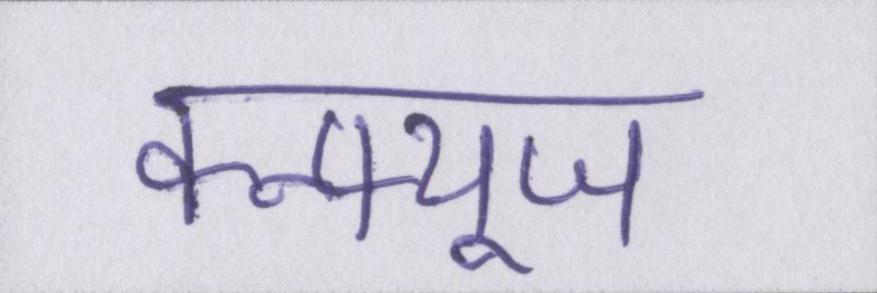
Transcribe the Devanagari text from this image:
कन्फ्यूज